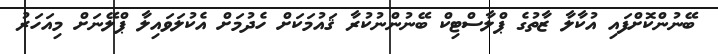
ބޭނުންކޮށްފައި އުކާލާ ޒާތުގެ ޕްލާސްޓިކް ބޭނުންނުކުރާ ޤައުމަކަށް ހެދުމަށް އެކުލަވައިލާ ޕްލޭނަށް މިއަހަރު